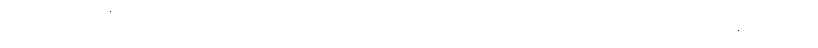
ဘုန်းတော်ကြီးက ကြားလို့ ကြွလာပါတယ်၊ အဲဒီဆရာတော်ကလဲ ပခုက္ကူတိုက်ကြီးမှာ ရဟန်းကလေး